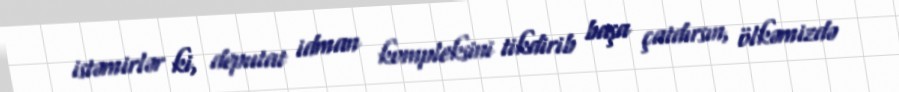
istəmirlər ki, deputat idman kompleksini tikdirib başa çatdırsın, ölkəmizdə